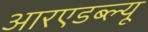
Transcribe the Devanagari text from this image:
आरएडब्ल्यू